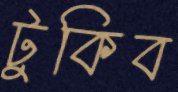
টুকিব